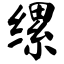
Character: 缧